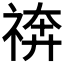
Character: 𥚙